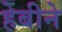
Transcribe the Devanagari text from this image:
हेबीने